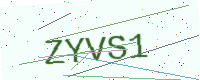
Text: ZYVS1